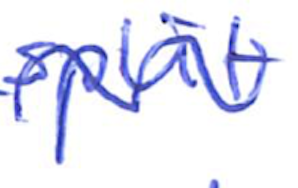
Text: split
Cross-out: wave
Writing tool: ballpoint